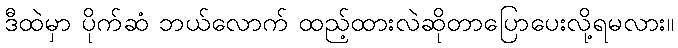
ဒီထဲမှာ ပိုက်ဆံ ဘယ်လောက် ထည့်ထားလဲဆိုတာပြောပေးလို့ရမလား။